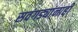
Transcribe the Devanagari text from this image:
सवंगड्यांनाही